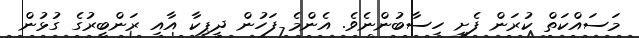
މަސައްކަތް ކުރަން ފެށި ހިސާބުންނެވެ. އެންމެ ފަހުން ދީޕިކާ އާއި ރަންބީރުގެ ގުޅުން